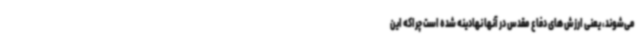
می‌شوند، یعنی ارزش های دفاع مقدس در آنها نهادینه شده است چراکه این